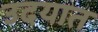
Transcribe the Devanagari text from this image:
उदयात